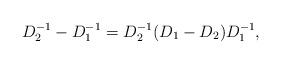
LaTeX: \begin{align*}D_2^{-1}-D_1^{-1}=D_2^{-1}(D_1-D_2)D_1^{-1},\end{align*}